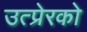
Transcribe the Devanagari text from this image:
उत्प्रेरको